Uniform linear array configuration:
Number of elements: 24
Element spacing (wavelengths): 0.5
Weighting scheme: uniform
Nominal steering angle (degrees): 60
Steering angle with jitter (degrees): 58.076
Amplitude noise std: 0.05
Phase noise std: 0.05

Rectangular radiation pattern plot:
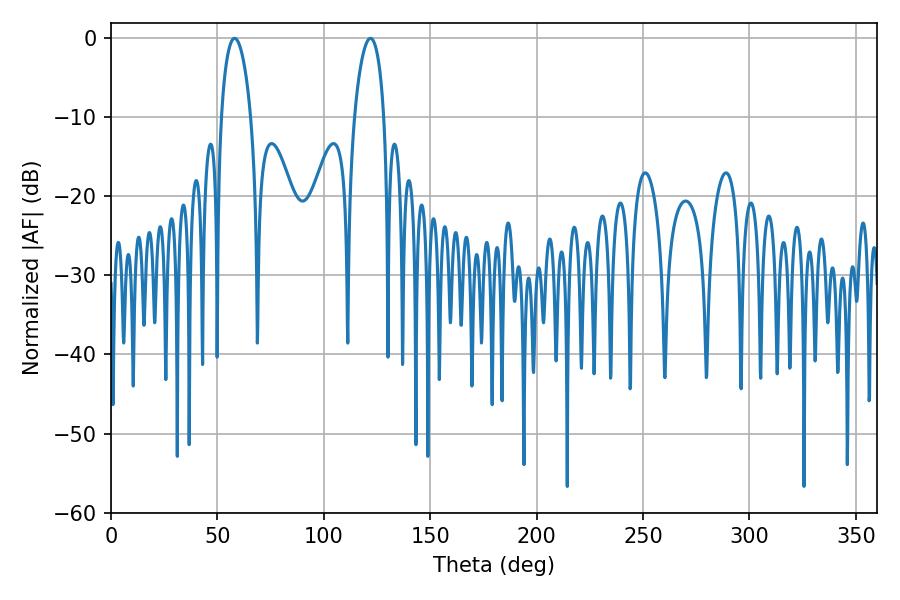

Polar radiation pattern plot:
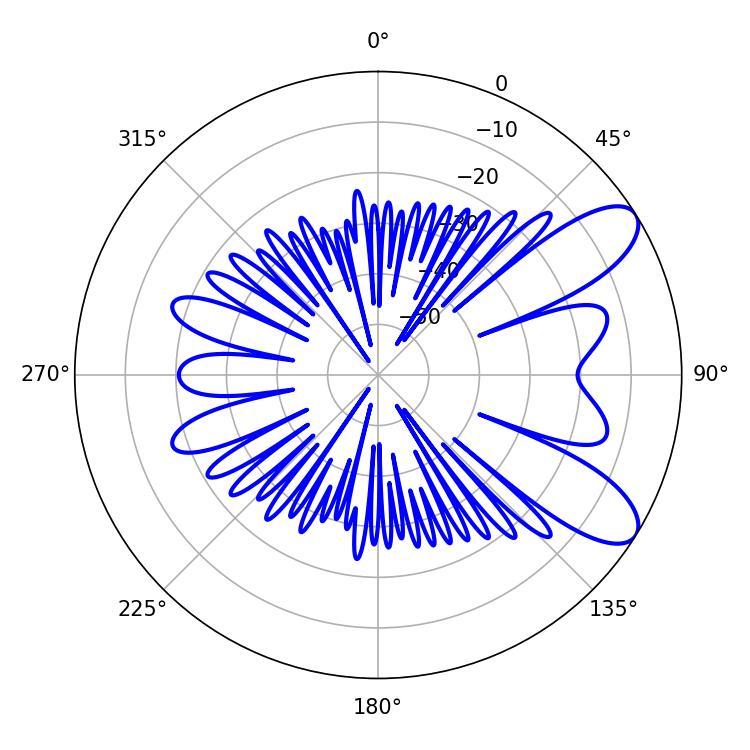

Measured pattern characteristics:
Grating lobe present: FALSE
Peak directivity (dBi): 8.845
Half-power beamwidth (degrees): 7.92
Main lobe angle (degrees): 58.14